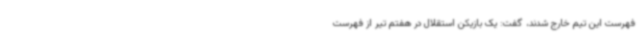
فهرست این تیم خارج شدند، گفت: یک بازیکن استقلال در هفتم تیر از فهرست